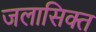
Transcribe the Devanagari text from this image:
जलासिक्त